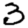
Digit: 3